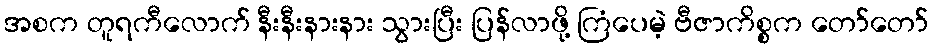
အစက တူရကီလောက် နီးနီးနားနား သွားပြီး ပြန်လာဖို့ ကြံပေမဲ့ ဗီဇာကိစ္စက တော်တော်